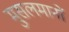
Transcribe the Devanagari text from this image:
मु्सलमानों